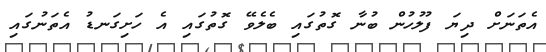
އެތަނަށް ދިޔަ ފުލުހުން ބުނާ ގޮތުގައި ބެލެވޭ ގޮތުގައި އެ ހަށިގަނޑު އެތަނުގައި